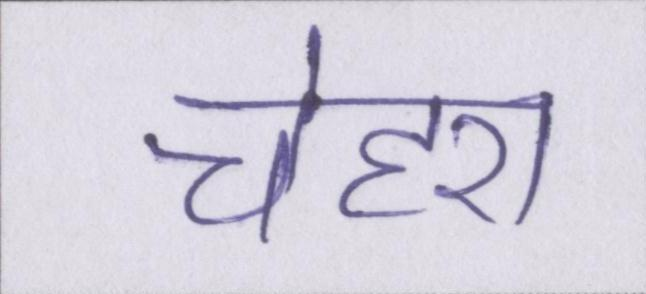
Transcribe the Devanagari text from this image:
चेहरा